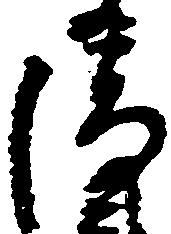
清